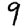
Digit: 9